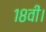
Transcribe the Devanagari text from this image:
१८वीं।